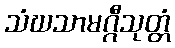
သံဃသာမဂ္ဂီသုတ္တံ